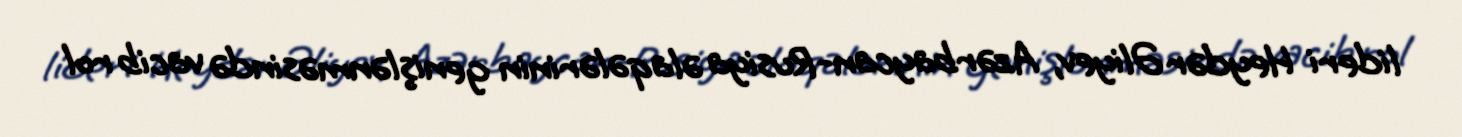
lideri Heydər Əliyev, Azərbaycan-Rusiya əlaqələrinin genişlənməsində vacib rol